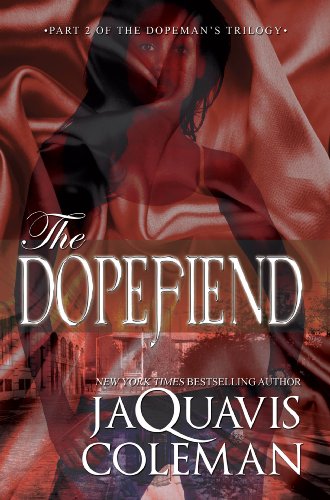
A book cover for The Dopefiend:: Part 2 of the Dopeman's Trilogy; JaQuavis Coleman; Literature & Fiction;